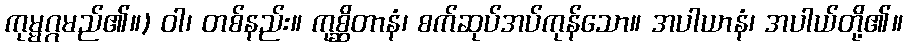
ကုမ္မဂ္ဂမည်၏။) ဝါ၊ တစ်နည်း။ ကုစ္ဆိတာနံ၊ စက်ဆုပ်အပ်ကုန်သော။ အပါယာနံ၊ အပါယ်တို့၏။